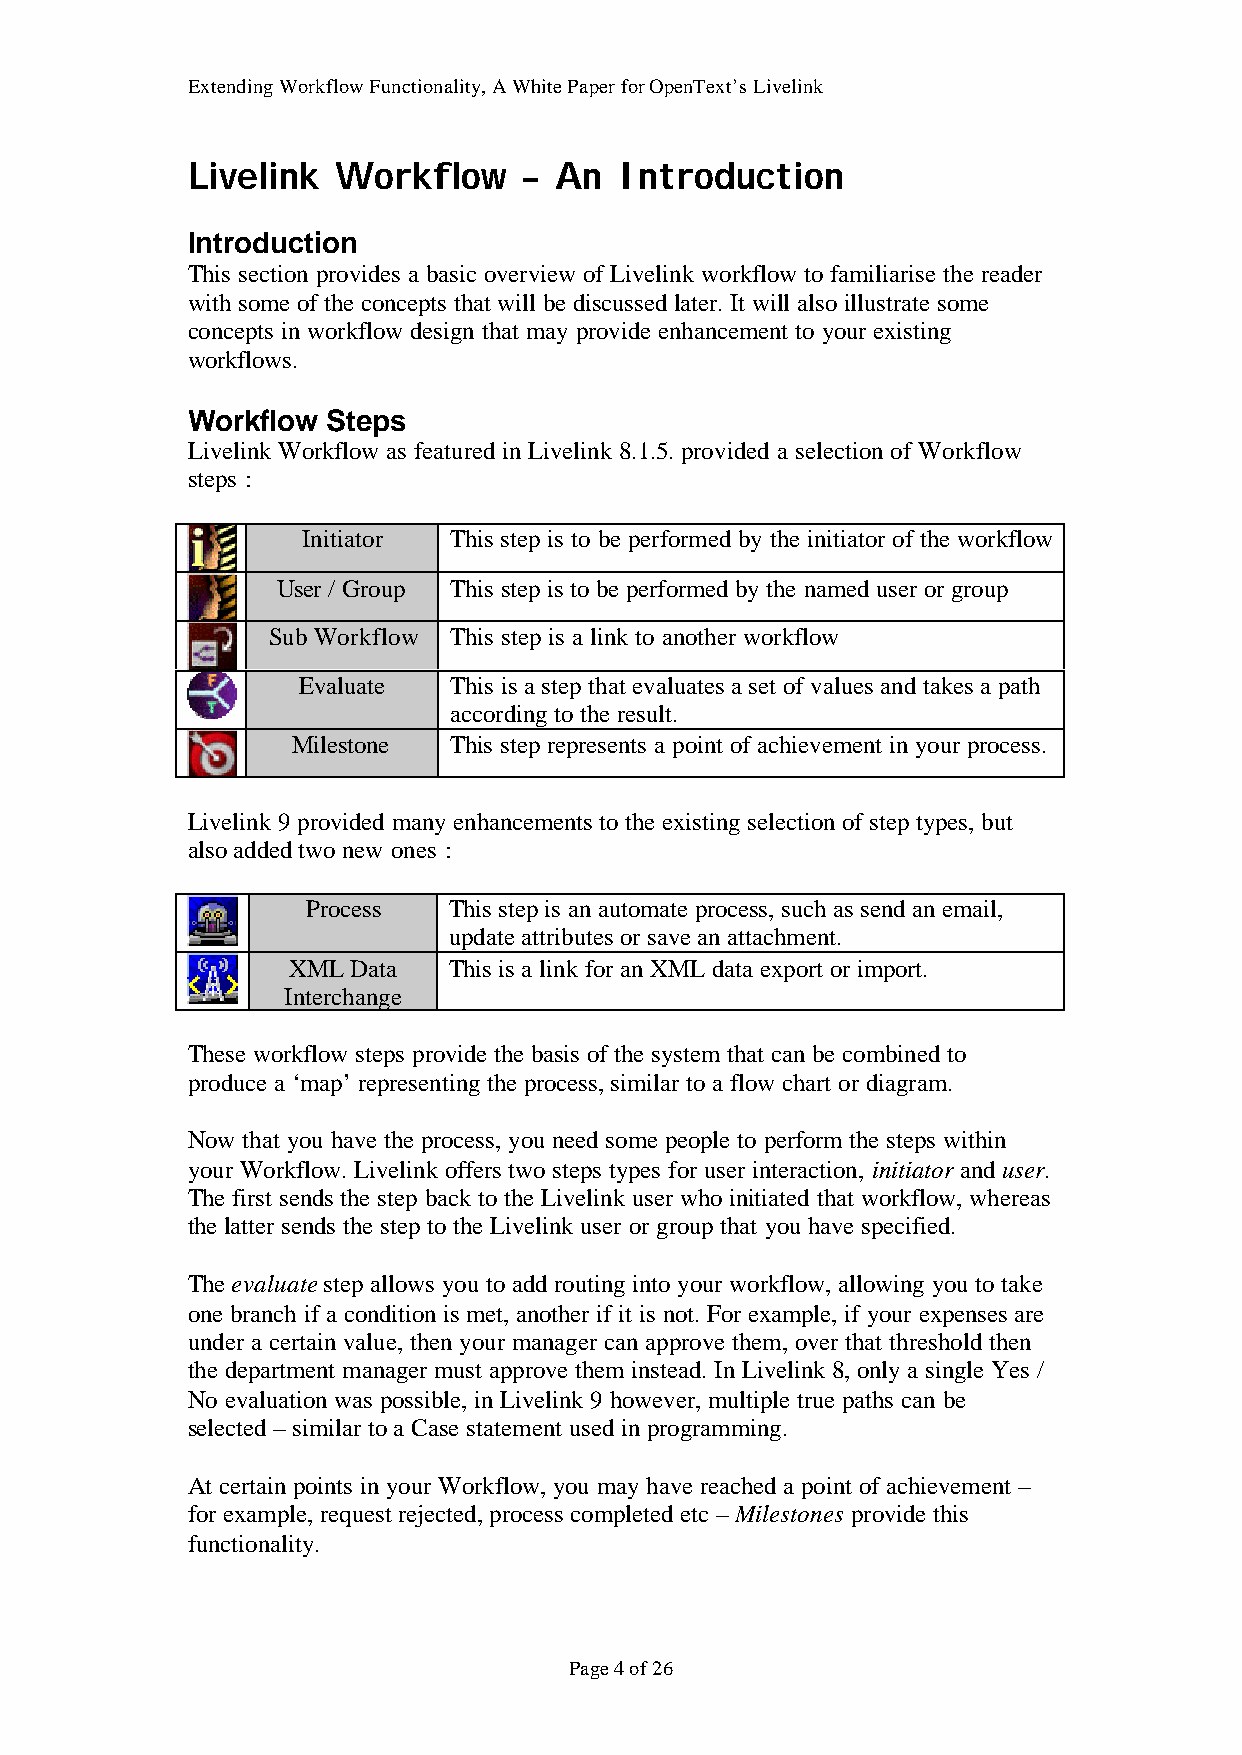
Extending Workflow Functionality, A White Paper for OpenText’s Livelink
 Livelink  Workflow     – An  Introduction
 Introduction
 This section provides a basic overview of Livelink workflow to familiarise the reader
 with some of the concepts that will be discussed later. It will also illustrate some
 concepts in workflow design that may provide enhancement to your existing
 workflows.
 Workflow  Steps
 Livelink Workflow as featured in Livelink 8.1.5. provided a selection of Workflow
 steps :
 Initiator This step is to be performed by the initiator of the workflow
 User / Group This step is to be performed by the named user or group
 Sub Workflow This step is a link to another workflow
 Evaluate  This is a step that evaluates a set of values and takes a path
 according to the result.
 Milestone  This step represents a point of achievement in your process.
 Livelink 9 provided many enhancements to the existing selection of step types, but
 also added two new ones :
 Process   This step is an automate process, such as send an email,
 update attributes or save an attachment.
 XML Data   This is a link for an XML data export or import.
 Interchange
 These workflow steps provide the basis of the system that can be combined to
 produce a ‘map’ representing the process, similar to a flow chart or diagram.
 Now that you have the process, you need some people to perform the steps within
 your Workflow. Livelink offers two steps types for user interaction, initiator and user.
 The first sends the step back to the Livelink user who initiated that workflow, whereas
 the latter sends the step to the Livelink user or group that you have specified.
 The evaluate step allows you to add routing into your workflow, allowing you to take
 one branch if a condition is met, another if it is not. For example, if your expenses are
 under a certain value, then your manager can approve them, over that threshold then
 the department manager must approve them instead. In Livelink 8, only a single Yes /
 No evaluation was possible, in Livelink 9 however, multiple true paths can be
 selected – similar to a Case statement used in programming.
 At certain points in your Workflow, you may have reached a point of achievement –
 for example, request rejected, process completed etc – Milestones provide this
 functionality.
 Page 4 of 26